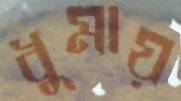
ধুমায়